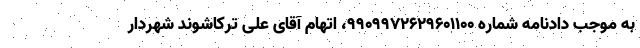
به موجب دادنامه شماره 9909972629601100، اتهام آقای علی ترکاشوند شهردار